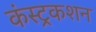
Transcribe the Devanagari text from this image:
कंस्ट्रकशन